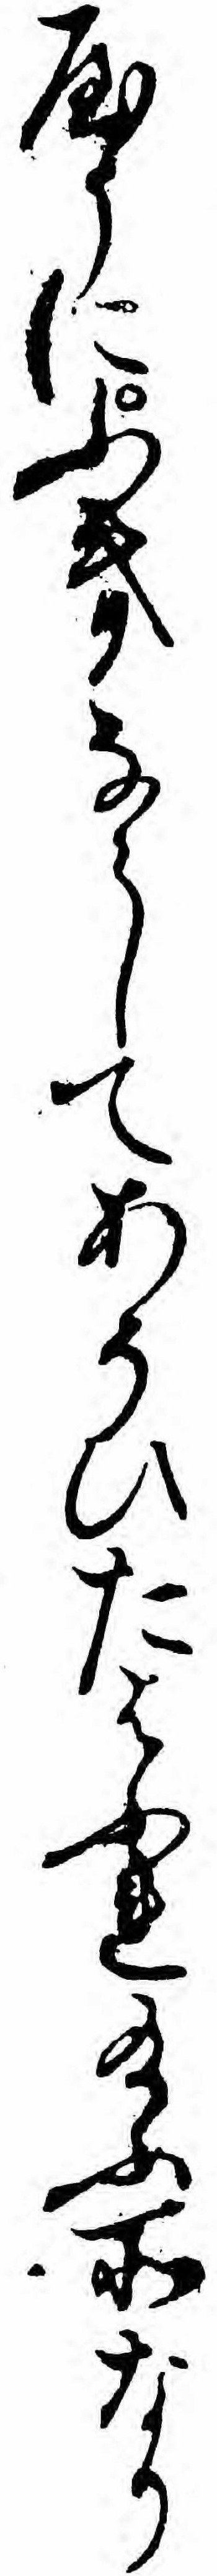
やうにふきならしてあそひたはふれ給ふ所なり